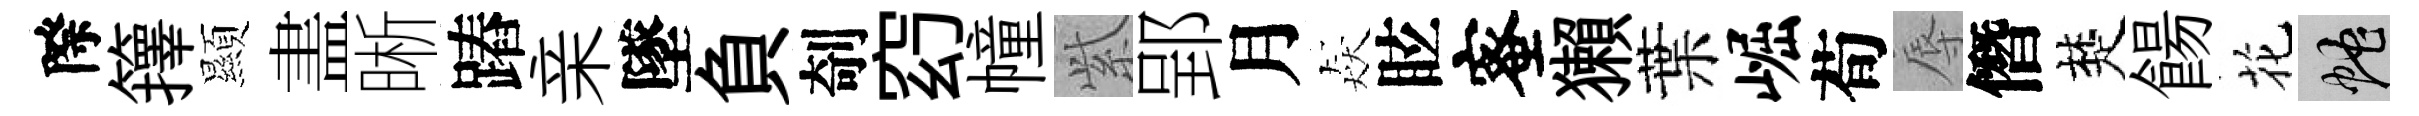
際籜顯𥁞晰蹖亲墜負剞𥥆幢𬗋郢月猋眩蜜獺葉崛荀辱僭楚餳花蛇